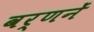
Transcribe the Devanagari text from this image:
वर्णनें